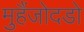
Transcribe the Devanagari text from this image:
मुहैंजोदडो